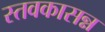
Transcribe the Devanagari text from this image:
स्तवकासन्न